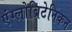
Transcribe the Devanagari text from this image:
एंग्लोब्रिटेनिकन